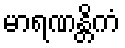
မာရဏန္တိကံ